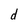
Character: d